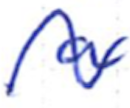
Text: a
Cross-out: wave
Writing tool: ballpoint